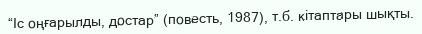
“Іс оңғарылды, достар” (повесть, 1987), т.б. кітаптары шықты.